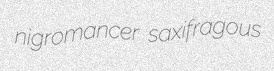
nigromancer saxifragous